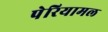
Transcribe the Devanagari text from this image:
पेरियामल